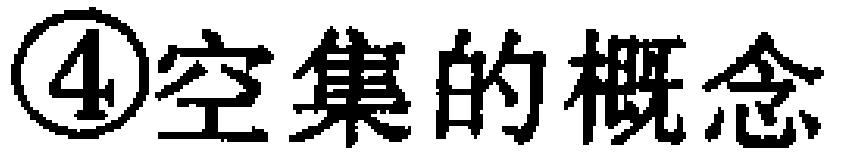
\textcircled{4}空集的概念